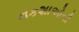
નકશાઓની